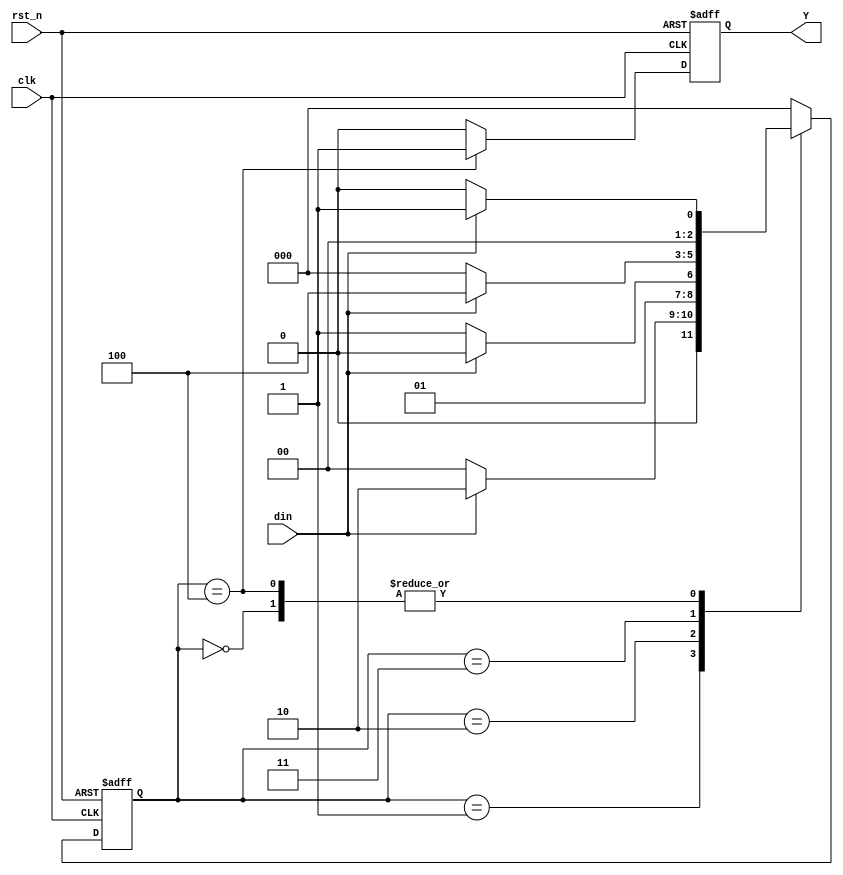
module det_moore (
	input clk,    // Clock
	input rst_n,  // Asynchronous reset active low
	input din ,

	output reg Y	
);
		// state declaration
		parameter IDLE        = 3'b000  ;
		parameter DETECT_1    = 3'b001  ;
		parameter DETECT_11   = 3'b010  ;
		parameter DETECT_110  = 3'b011  ;
		parameter DETECT_1101 = 3'b100  ;
	
		reg [2:0] current_state, next_state ;
	
		// state transfer
		always @(posedge clk or negedge rst_n) begin
			if(rst_n == 1'b0) begin
				current_state <= IDLE ;
			end else begin
				current_state <= next_state;
			end
		end
	
		// state calculation
		always @(*) begin
			case (current_state)
				IDLE:begin
					 if (din == 1'b1) begin
					 	next_state <= DETECT_1 ;
					end else begin
					 	next_state <= IDLE ;
					end
				end
				DETECT_1:begin
					if (din == 1'b1) begin
					 	next_state <= DETECT_11 ;
					end else begin
					 	next_state <= IDLE ;
					end
				end
				DETECT_11:begin
					if (din == 1'b1) begin
					 	next_state <= DETECT_11  ;
					end else begin
					 	next_state <= DETECT_110 ;
					end
				end
				DETECT_110:begin
					if (din == 1'b1) begin
					 	next_state <= DETECT_1101 ;
					end else begin
					 	next_state <= IDLE ;
					end
				end
				DETECT_1101:begin
					if (din == 1'b1) begin
					 	next_state <= DETECT_1 ;
					end else begin
					 	next_state <= IDLE ;
					end
				end
				default : next_state = IDLE;
			endcase
			
		end
	
		// state output
		always @(posedge clk or negedge rst_n) begin
			if (rst_n == 1'b0) begin
				Y <= 1'b0 ;
			end
			else if (current_state == DETECT_1101) begin
				Y <= 1'b1 ;
			end else begin
				Y <= 1'b0 ;
			end
		end

endmodule